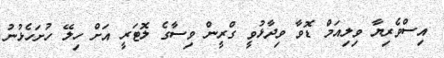
އިސްވެރިޔާ ވިލިއަމް ޑޮވާ ވިދާޅުވީ ގްރީން ވިސާގެ ލޮޓަރީ އަށް ހިލޭ ހުށަހެޅުނު